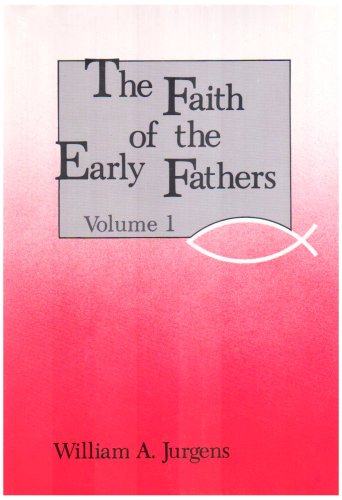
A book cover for Faith of the Early Fathers: Three-Volume Set; Christian Books & Bibles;